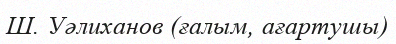
Ш. Уәлиханов (ғалым, ағартушы)